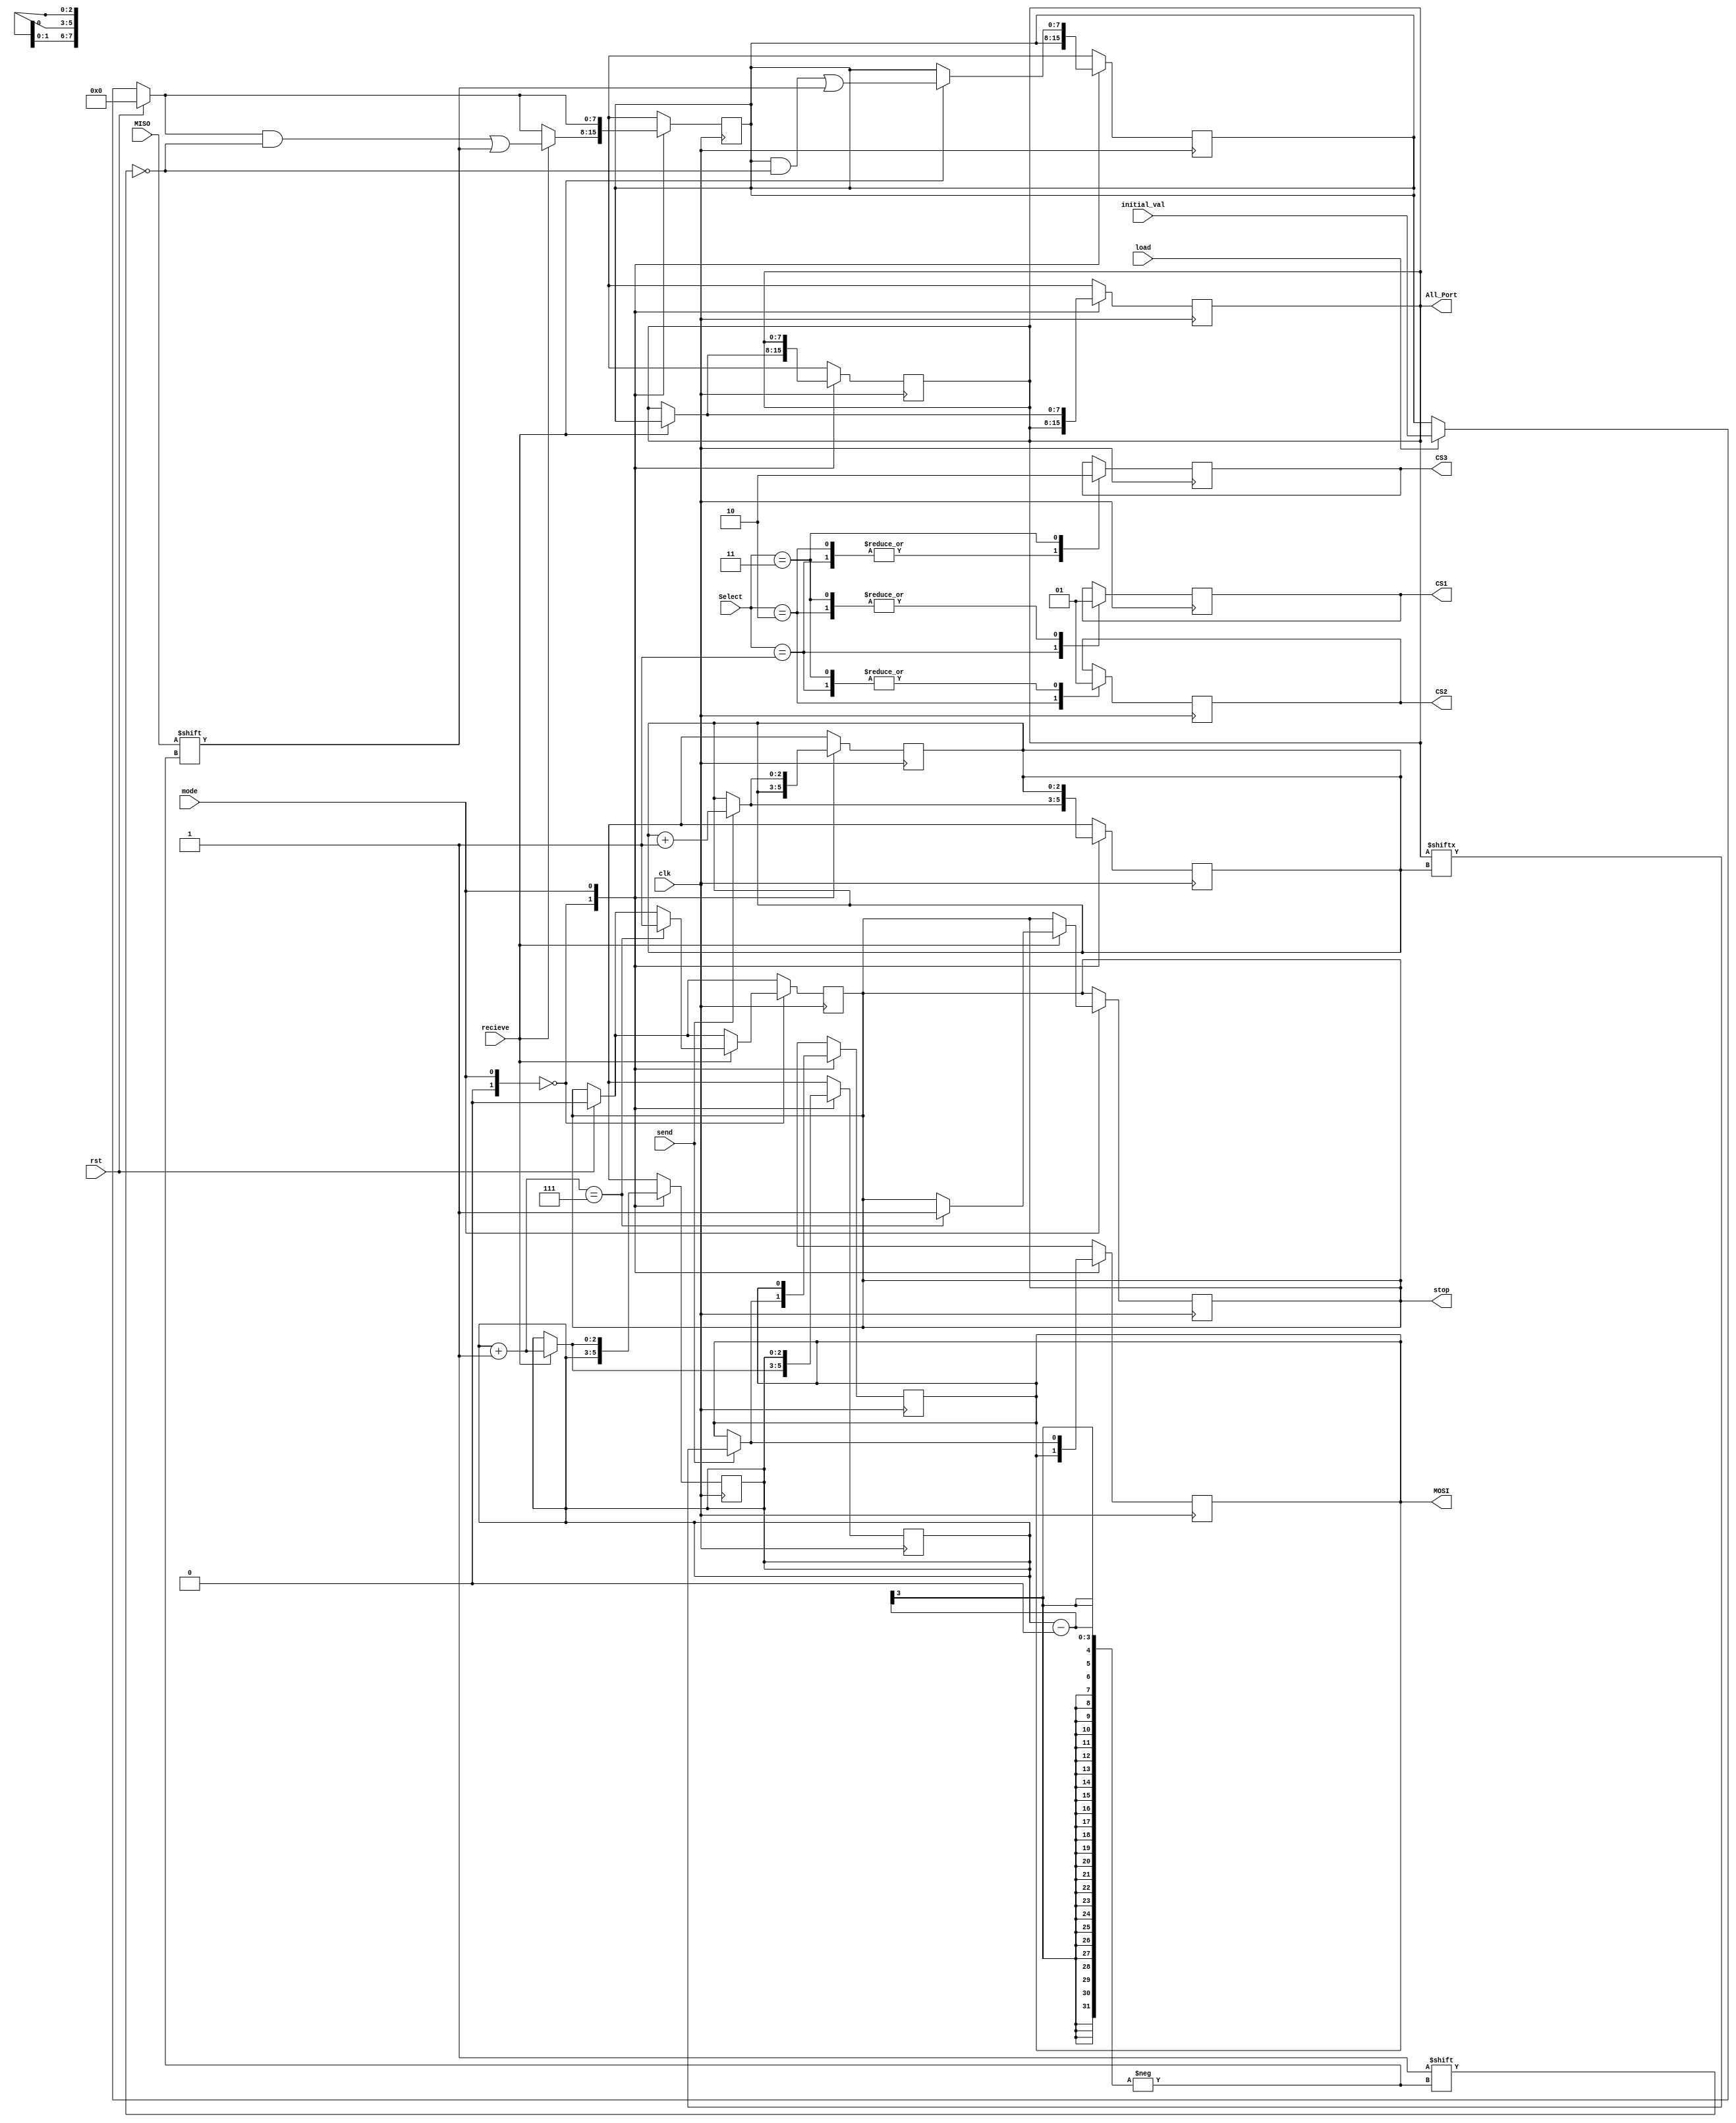
module spi_master
  (
   input clk,
   input rst,
   input load,
   input mode, 
   input recieve ,
   input send , 
   input MISO ,
   output reg stop , 
   input [1:0] Select ,
   output reg MOSI , 
   output reg CS1, 
   output reg CS2, 
   output reg CS3 , 
   output reg [7:0] All_Port,
   input  [7:0] initial_val 
   );
   
wire CPOL;     
wire CPHA;
assign CPOL  = (mode == 2) | (mode == 3);
assign CPHA  = (mode == 1) | (mode == 3);
reg [2:0] recieved_bit_counter = 3'b000  ; 
reg [2:0] sent_bit_counter  = 3'b000   ; 
reg [7:0 ] int_data ;  
always @(posedge clk ) 
begin
	if(rst )
		begin 
			recieved_bit_counter <= 0 ; 
 			sent_bit_counter	<= 0 ; 
			int_data	<= 0 ; 
			All_Port	<= 0 ; 
			stop <= 0  ; 
		end  
		else if (load)
					begin
					  All_Port <= initial_val;
					  int_data<=initial_val;
					end 
			case ( Select )
			2'b01:
				 begin 
			 	 CS1 <= 0 ; 
		      	 CS2 <= 1 ; 
		      	 CS3 <= 1 ; 
				end  	
			2'b10: 	
				 begin 
		      	 CS1 <= 1 ; 
		     	  CS2 <= 0 ; 
		     	 CS3 <= 1 ; 
				   end 
			2'b11: 
				begin 
		     			CS1 <= 1 ; 
		      		CS2 <= 1 ; 
		    		  CS3 <= 0 ; 
				end 
			endcase 
			case ( {CPOL , CPHA })
				2'b00 : if ( recieve)
					begin 
						int_data[recieved_bit_counter] <= MISO  ; 
						recieved_bit_counter = recieved_bit_counter +1 ;
							All_Port =  int_data ; 
						if ( recieved_bit_counter == 3'b111)
										stop <= 1 ; 
					end 
 				
				2'b01 : if ( send )
					begin 
							MOSI <=  All_Port[sent_bit_counter] ; 
							sent_bit_counter = sent_bit_counter+1 ; 
					end 
            			   2'b10 : if ( recieve )
					begin 
						int_data[recieved_bit_counter] <= MISO  ; 
						recieved_bit_counter = recieved_bit_counter +1 ;
							All_Port =  int_data ; 
						if ( recieved_bit_counter == 3'b111)
										stop <= 1 ;  
					end  	

				2'b11 : if ( send )
					begin 
						MOSI =  All_Port[sent_bit_counter] ; 
						sent_bit_counter = sent_bit_counter+1 ; 
					end 		
			endcase 
end 
always @(negedge clk )
begin
				case  ( {CPOL , CPHA })
 					    2'b00  :	if ( send )
								begin 
									MOSI = All_Port[sent_bit_counter] ; 
									sent_bit_counter = sent_bit_counter + 1 ; 
								end 
		
					     2'b01 :	 if ( recieve)
									begin 
									int_data[recieved_bit_counter] <= MISO  ; 
									recieved_bit_counter = recieved_bit_counter +1 ;
										All_Port =  int_data ; 									
 									if ( recieved_bit_counter == 3'b111)
										stop <= 1 ;  
							end  
					    2'b10:if ( send)
								begin 
									MOSI =  All_Port[sent_bit_counter] ; 
									sent_bit_counter = sent_bit_counter+1 ;
								end 
					   2'b11:if ( recieve )
								begin 
									int_data[recieved_bit_counter] = MISO  ; 
									recieved_bit_counter = recieved_bit_counter +1 ;
									All_Port =  int_data ; 
									if ( recieved_bit_counter == 3'b111)
									stop <= 1 ; 
							end  
				 endcase 
    			end 
endmodule